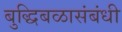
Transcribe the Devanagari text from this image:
बुद्धिबळासंबंधी